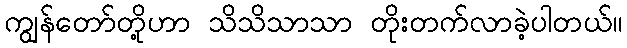
ကျွန်တော်တို့ဟာ သိသိသာသာ တိုးတက်လာခဲ့ပါတယ်။